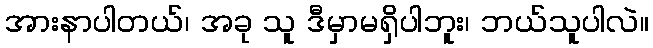
အားနာပါတယ်၊ အခု သူ ဒီမှာမရှိပါဘူး၊ ဘယ်သူပါလဲ။